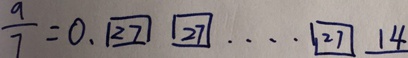
\frac { a } { 7 } = 0 . 2 7 2 7 \cdots 2 7 1 4